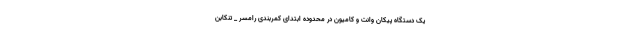
یک دستگاه پیکان وانت و کامیون در محدوده ابتدای کمربندی رامسر _ تنکابن